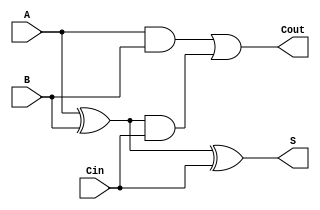
module ConditionalSumFullAdder (
    input wire A,      // First input bit
    input wire B,      // Second input bit
    input wire Cin,    // Carry-in bit
    output wire S,     // Sum output
    output wire Cout    // Carry-out output
);

    // Intermediate signals for generate and propagate
    wire G;           // Generate signal
    wire P;           // Propagate signal

    // Generate and Propagate Logic
    assign G = A & B;          // Generate: G = A AND B
    assign P = A ^ B;          // Propagate: P = A XOR B

    // Conditional Carry Calculation
    assign Cout = G | (P & Cin); // Carry-out: Cout = G + (P AND Cin)

    // Sum Calculation
    assign S = P ^ Cin;        // Sum: S = P XOR Cin

endmodule